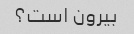
بیرون است؟